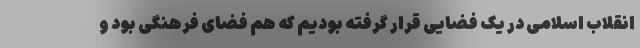
انقلاب اسلامی در یک فضایی قرار گرفته بودیم که هم فضای فرهنگی بود و